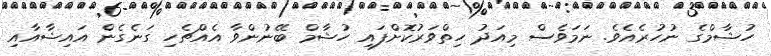
ހުޝާމްގެ ނުހުރެއެވެ. ނަމަވެސް މިއަދު ހިތްވަރުކޮށްފައި ހުޝާމް ބޭނުންވާ އެއްޗެހި ގަނެގެން އައިޝާއާއި